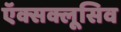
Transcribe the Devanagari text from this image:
ऍक्सक्लूसिव